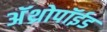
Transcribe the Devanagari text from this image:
अॅथ्रोपॉईड